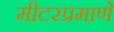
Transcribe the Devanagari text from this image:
मीटरप्रमाणे